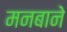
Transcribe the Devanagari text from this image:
मनबाने